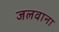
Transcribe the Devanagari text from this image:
जलवाना